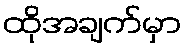
ထိုအချက်မှာ